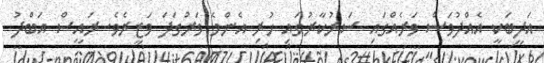
އަދީބަކީ އެއްދުވަސް ވަރެއްގައި ސަރުކާރުގައި ހުރި އެންމެ ވަރުގަދަ ވަޒީރެވެ. ރައީސް އަބްދު